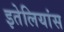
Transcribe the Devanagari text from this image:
इतेलियांस